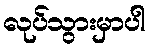
လုပ်သွားမှာပါ